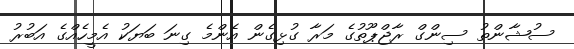
ސުޝާންތު ސިންގް ރާޖްޕޫތުގެ މަރާ ގުޅިގެން އެންމެ ގިނަ ބަޔަކު އެމީހެއްގެ އަބުރު